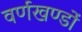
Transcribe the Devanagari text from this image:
वर्णखण्डों